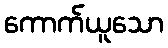
ကောက်ယူသော